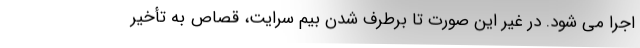
اجرا می شود. در غیر این صورت تا برطرف شدن بیم سرایت، قصاص به تأخیر